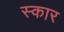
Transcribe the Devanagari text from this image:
स्‍कार